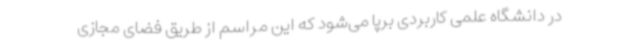
در دانشگاه علمی کاربردی برپا می‌شود که این مراسم از طریق فضای مجازی